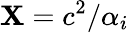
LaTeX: \mathbf{X}=c^{2}/\alpha_{i}